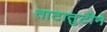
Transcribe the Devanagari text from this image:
ताटातुटीने